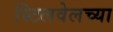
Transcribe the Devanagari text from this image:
स्टिलवेलच्या